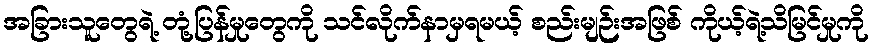
အခြားသူတွေရဲ့ တုံ့ပြန်မှုတွေကို သင်လိုက်နာမှရမယ့် စည်းမျဉ်းအဖြစ် ကိုယ့်ရဲ့သိမြင်မှုကို